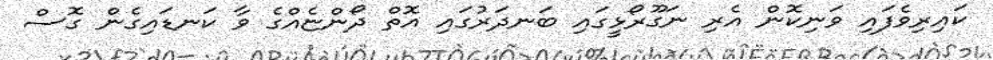
ކައިރިވެފައި ވަނިކޮން އެރި ނަގޫރޯޅީގައި ބަނދަރުގައި އޮތް ދޯންޏެއްގެ ވާ ކަނޑައިގެން ގޮސް